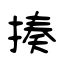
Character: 揍